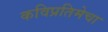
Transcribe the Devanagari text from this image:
कविप्रतिमेचा